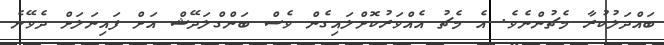
ބައްދަލުކުރާ މެޗުންނެވެ. އެ މެޗު އެއްވަރުކޮށްލައިގެން ވެސް ބަންގްލަދޭޝް އަށް ފައިނަލަށް ދެވޭނެ